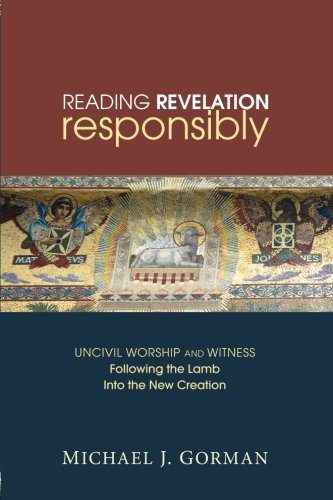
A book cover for Reading Revelation Responsibly: Uncivil Worship and Witness: Following the Lamb into the New Creation; Michael J. Gorman; Christian Books & Bibles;